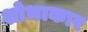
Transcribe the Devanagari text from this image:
शोभाकार